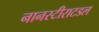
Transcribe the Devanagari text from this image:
नानस्टीराटडल